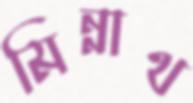
মিন্নাথ